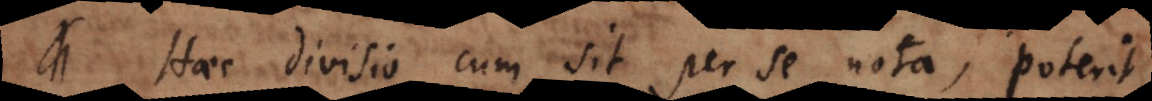
Haec divisio cum sit per se nota, poterit